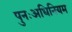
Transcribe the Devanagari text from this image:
पुनःअधिनियम